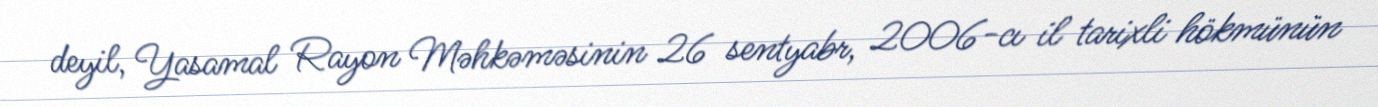
deyil, Yasamal Rayon Məhkəməsinin 26 sentyabr, 2006-cı il tarixli hökmünün